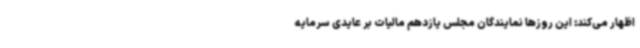
اظهار می‌کند: این روزها نمایندگان مجلس یازدهم مالیات بر عایدی سرمایه